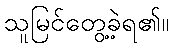
သူမြင်တွေ့ခဲ့ရ၏။